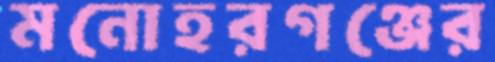
মনোহরগঞ্জের